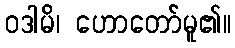
ဝဒါမိ၊ ဟောတော်မူ၏။